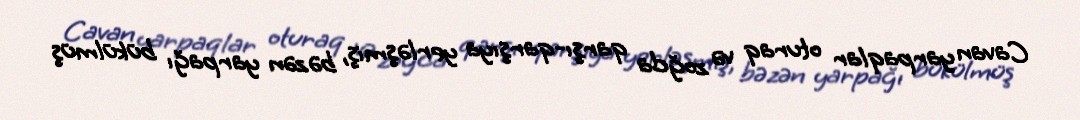
Cavan yarpaqlar oturaq və zoğda qarşı-qarşıya yerləşmiş, bəzən yarpağı bükülmüş